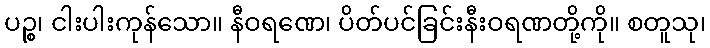
ပဉ္စ၊ ငါးပါးကုန်သော။ နီဝရဏေ၊ ပိတ်ပင်ခြင်းနီးဝရဏတို့ကို။ စတူသု၊